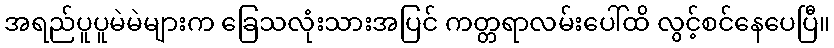
အရည်ပူပူမဲမဲများက ခြေသလုံးသားအပြင် ကတ္တရာလမ်းပေါ်ထိ လွင့်စင်နေပေပြီ။